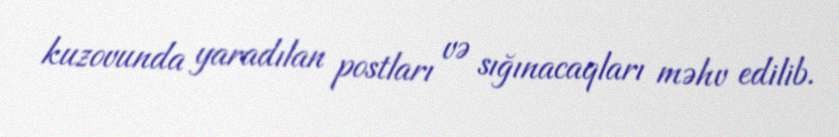
kuzovunda yaradılan postları və sığınacaqları məhv edilib.